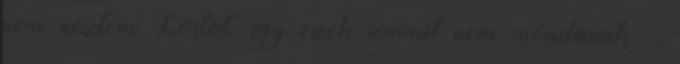
nem néztem Lostot, így ezek semmit nem mondanak. :